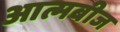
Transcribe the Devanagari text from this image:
आत्मबीज